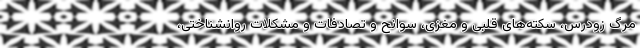
مرگ زودرس، سکته‌های قلبی و مغزی، سوانح و تصادفات و مشکلات روانشناختی،